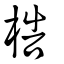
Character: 梏